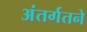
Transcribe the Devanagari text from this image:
अंतर्गतने